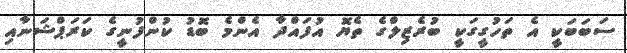
ސަބަބަކީ އެ ތަހުގީގަކީ ބުރެޒިލްގެ ތެޔޮ އުފައްދާ އެންމެ ބޮޑު ކުންފުނީގެ ކަރަޕްޝަނާއި